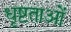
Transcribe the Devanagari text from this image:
धृष्टताओं